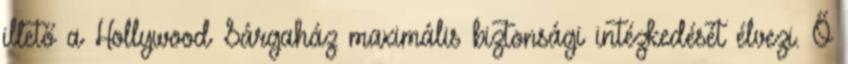
illető a Hollywood Sárgaház maximális biztonsági intézkedését élvezi. Ő